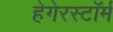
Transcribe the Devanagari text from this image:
हेगेरस्टॉर्म